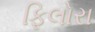
ફિલોરા